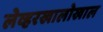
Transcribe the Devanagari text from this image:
लेव्हरखालोखाल